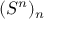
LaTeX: ( S ^ { n } ) _ { n }